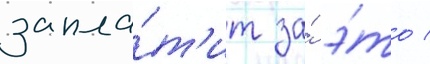
запла́т'ит за́ э́то /